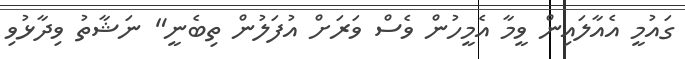
ގައުމީ އެއާލައިން ވީމާ އެމީހުން ވެސް ވަރަށް އުފަލުން ތިބެނީ" ނަޝާތު ވިދާޅުވި